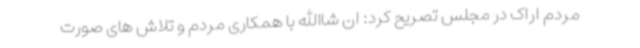
مردم اراک در مجلس تصریح کرد: ان شاالله با همکاری مردم و تلاش های صورت